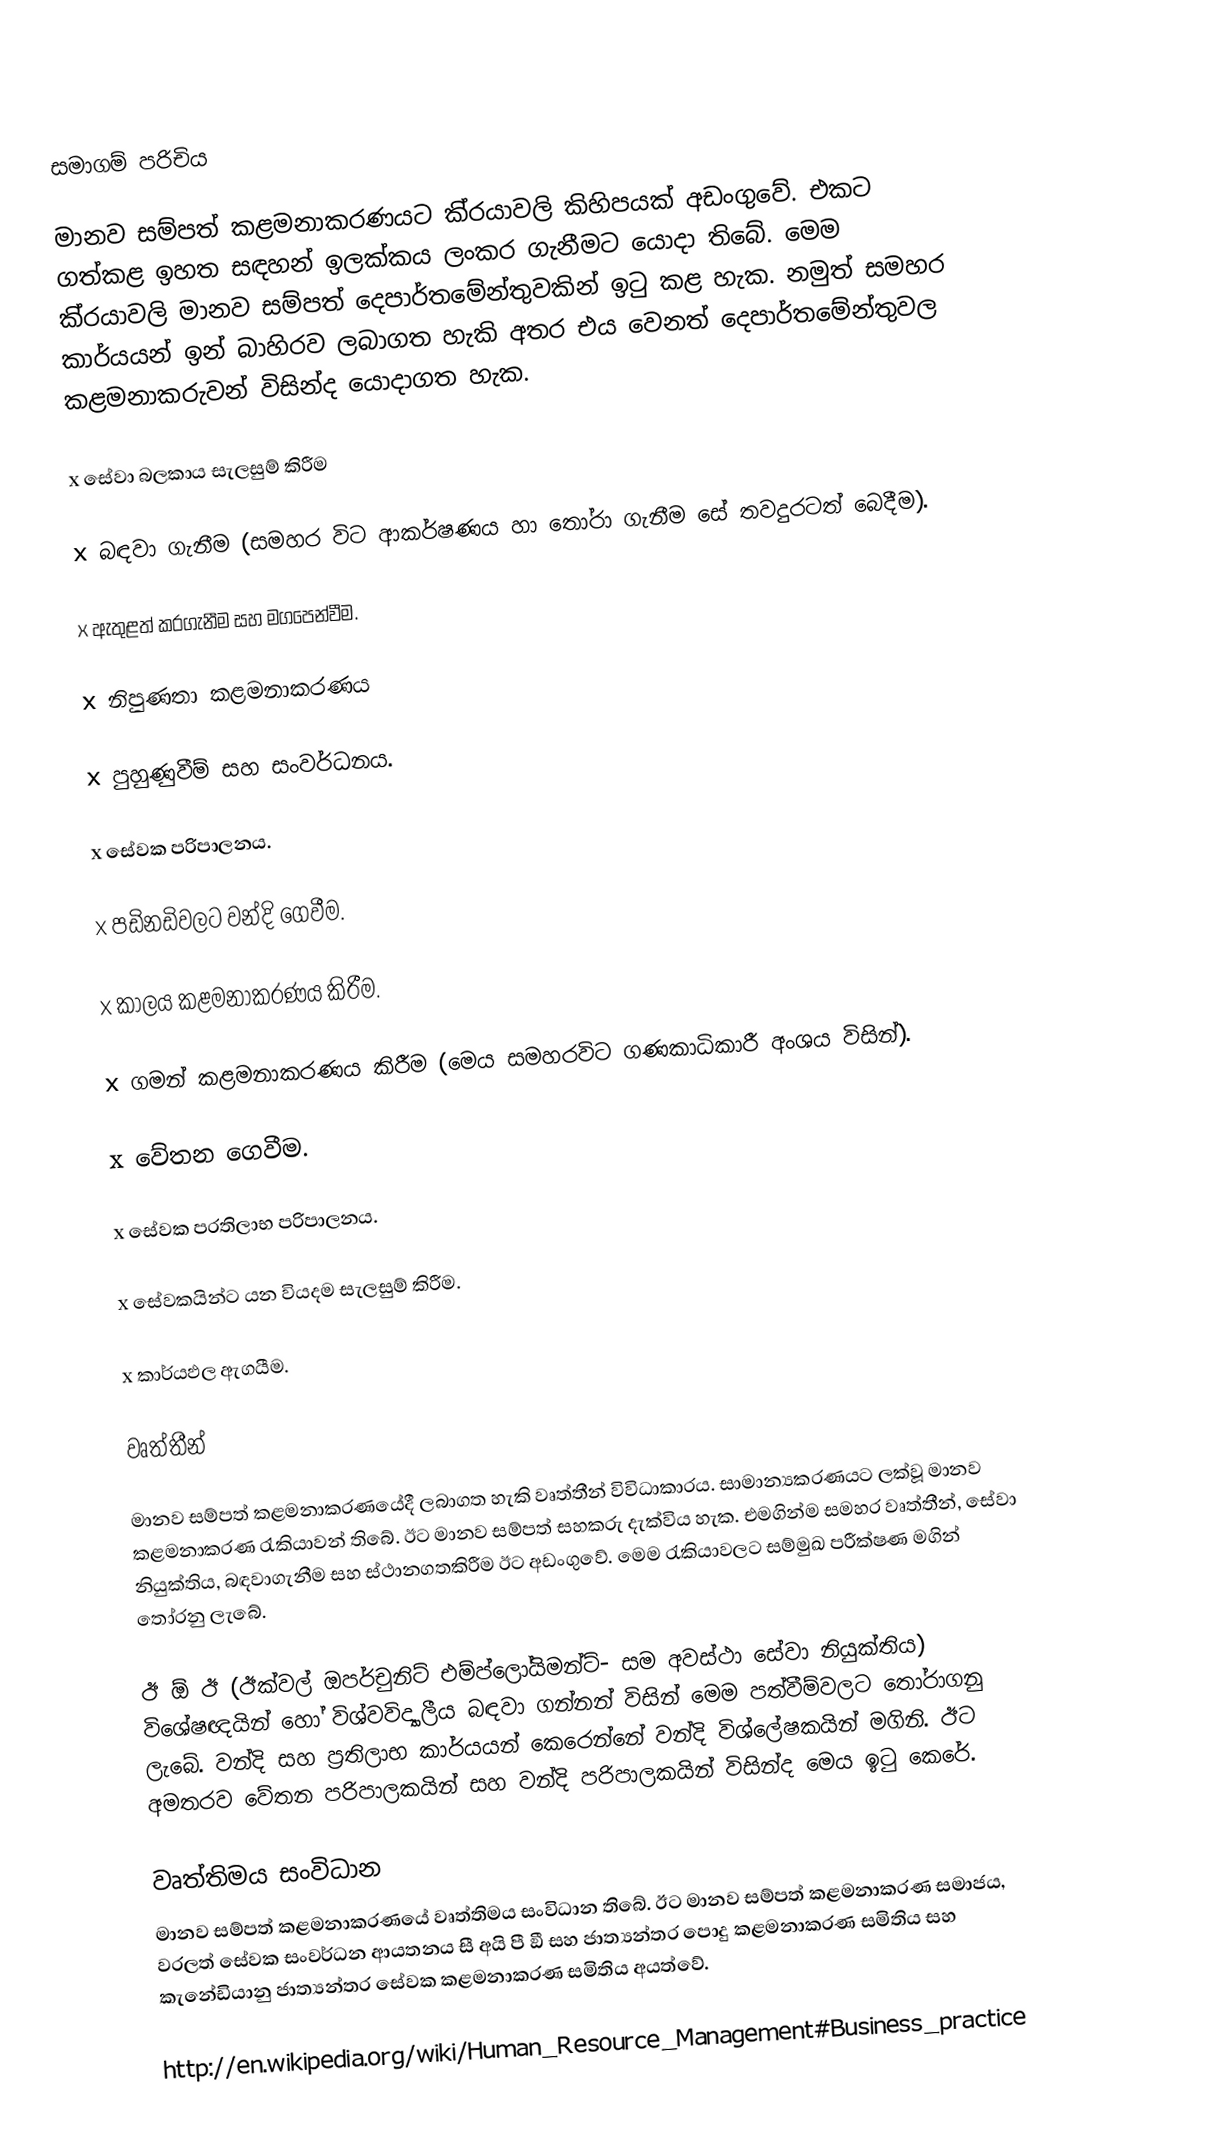
සමාගම් පරිචිය

මානව සම්පත් කළමනාකරණයට කි‍්‍රයාවලි කිහිපයක් අඩංගුවේ. එකට ගත්කළ ඉහත සඳහන් ඉලක්කය ලංකර ගැනීමට යොදා තිබේ. මෙම කි‍්‍රයාවලි මානව සම්පත් දෙපාර්තමේන්තුවකින් ඉටු කළ හැක. නමුත් සමහර කාර්යයන් ඉන් බාහිරව ලබාගත හැකි අතර එය වෙනත් දෙපාර්තමේන්තුවල කළමනාකරුවන් විසින්ද යොදාගත හැක.

x	සේවා බලකාය සැලසුම් කිරීම

x	බඳවා ගැනීම (සමහර විට ආකර්ෂණය හා තෝරා ගැනීම සේ තවදුරටත් බෙදීම).

x	ඇතුළත් කරගැනීම සහ මගපෙන්වීම.

x	නිපුණතා කළමනාකරණය

x	පුහුණුවීම් සහ සංවර්ධනය.

x	සේවක පරිපාලනය.

x	පඩිනඩිවලට වන්දි ගෙවීම.

x	කාලය කළමනාකරණය කිරීම.

x	ගමන් කළමනාකරණය කිරීම (මෙය සමහරවිට ගණකාධිකාරී අංශය විසින්).

x	වේතන ගෙවීම.

x	සේවක ප‍්‍රතිලාභ පරිපාලනය.

x	සේවකයින්ට යන වියදම සැලසුම් කිරීම.

x	කාර්යඵල ඇගයීම.

වෘත්තීන්

මානව සම්පත් කළමනාකරණයේදී ලබාගත හැකි වෘත්තීන් විවිධාකාරය. සාමාන්‍යකරණයට ලක්වූ මානව කළමනාකරණ රැකියාවන් තිබේ. ඊට මානව සම්පත් සහකරු දැක්විය හැක. එමගින්ම සමහර වෘත්තීන්, සේවා නියුක්තිය, බඳවාගැනීම සහ ස්ථානගතකිරීම ඊට අඩංගුවේ. මෙම රැකියාවලට සම්මුඛ පරීක්ෂණ මගින් තෝරනු ලැබේ.

ඊ  ඕ ඊ (ඊක්වල් ඔපර්චුනිට් එම්ප්ලෝයිමන්ට්-  සම අවස්ථා සේවා නියුක්තිය) විශේෂඥයින් හෝ විශ්වවිද්‍යාලීය බඳවා ගන්නන් විසින් මෙම පත්වීම්වලට තෝරාගනු ලැබේ. වන්දි සහ ප‍්‍රතිලාභ කාර්යයන් කෙරෙන්නේ වන්දි විශ්ලේෂකයින් මගිනි. ඊට අමතරව වේතන පරිපාලකයින් සහ වන්දි පරිපාලකයින් විසින්ද මෙය ඉටු කෙරේ.

වෘත්තිමය සංවිධාන
මානව සම්පත් කළමනාකරණයේ වෘත්තිමය සංවිධාන තිබේ. ඊට මානව සම්පත් කළමනාකරණ සමාජය, වරලත් සේවක සංවර්ධන ආයතනය සී අයි පී ඞී සහ ජාත්‍යන්තර පොදු කළමනාකරණ සමිතිය සහ කැනේඩියානු ජාත්‍යන්තර සේවක කළමනාකරණ සමිතිය අයත්වේ.

http://en.wikipedia.org/wiki/Human_Resource_Management#Business_practice